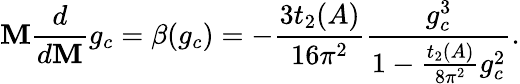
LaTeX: \mathbf{M}\frac{{d}}{{d\mathbf{M}}}g_{c}=\beta(g_{c})=-\frac{{3t_{2}(A)}}{{16\pi^{2}}}\frac{{g_{c}^{3}}}{{1-\frac{{t_{2}(A)}}{{8\pi^{2}}}g_{c}^{2}}}.